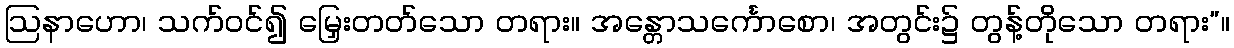
ဩနာဟော၊ သက်ဝင်၍ မြှေးတတ်သော တရား။ အန္တောသင်္ကောစော၊ အတွင်း၌ တွန့်တိုသော တရား”။